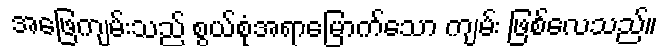
အဖြေကျမ်းသည် စွယ်စုံအရာမြောက်သော ကျမ်း ဖြစ်လေသည်။